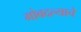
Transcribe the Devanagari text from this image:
मोबदल्याचे